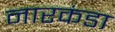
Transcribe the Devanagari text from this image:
नारकंडा